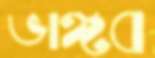
ভাঙ্গব